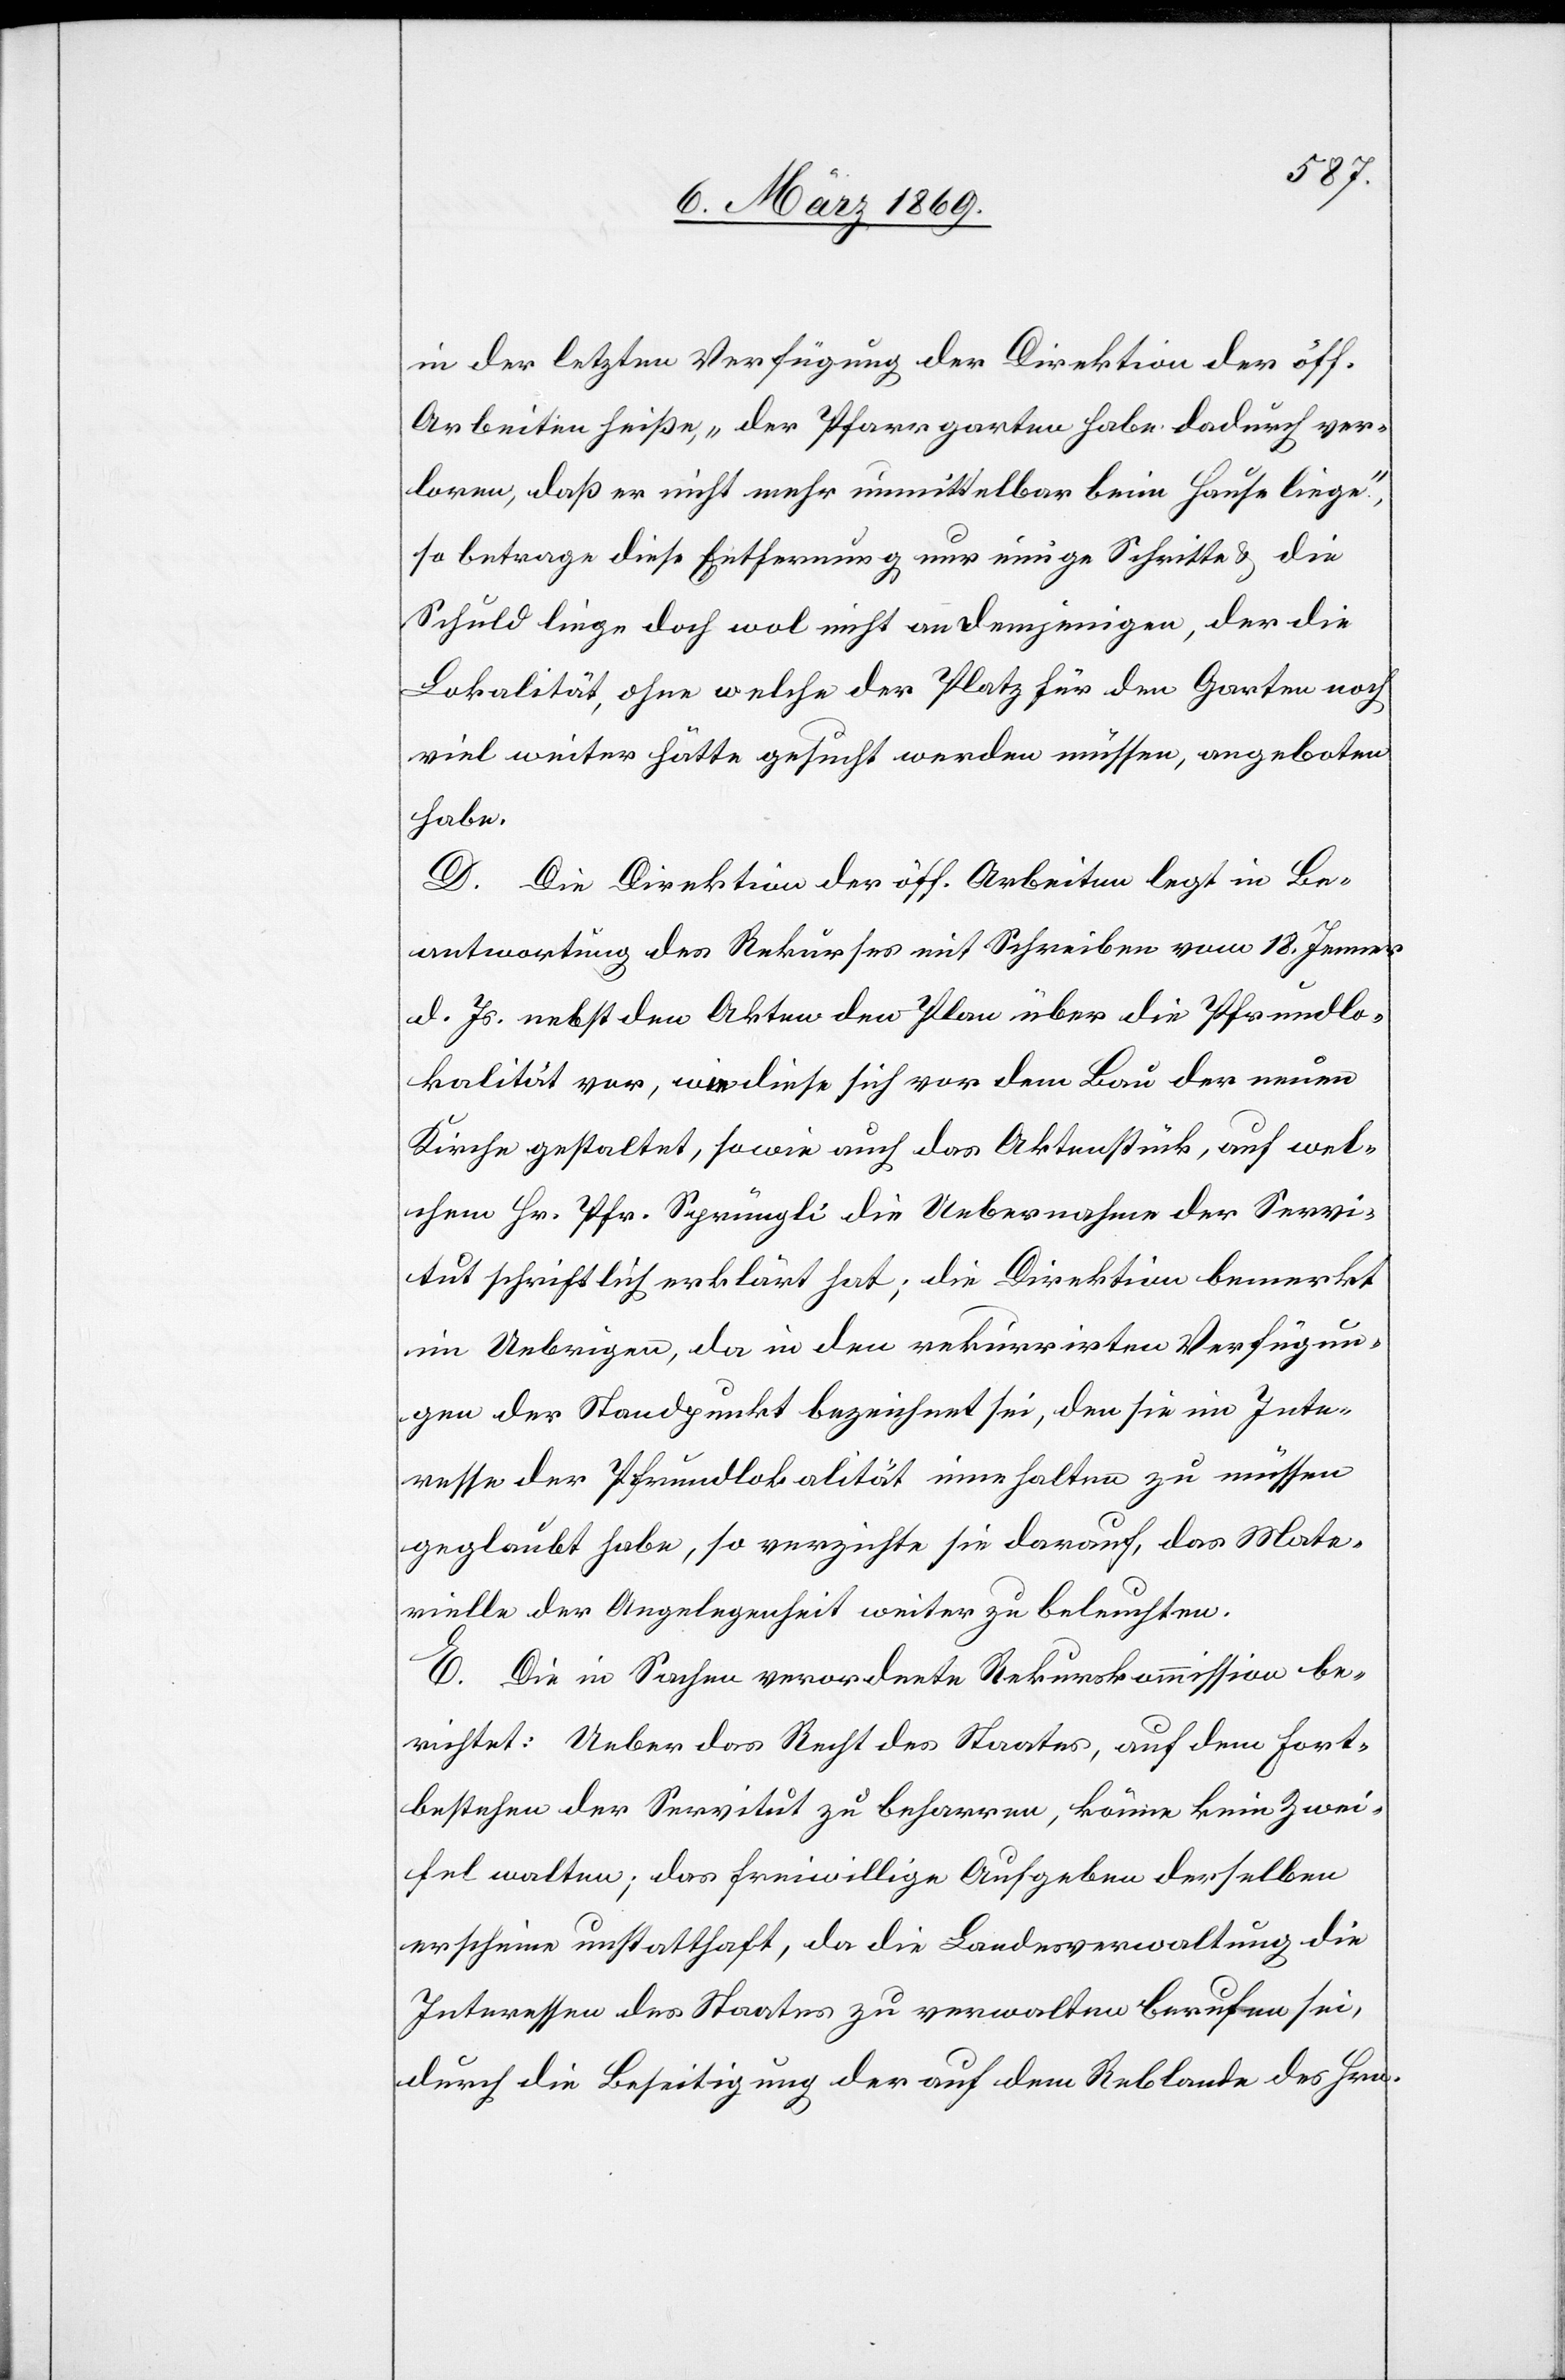
in der letzten Verfügung der Direktion der öff.
Arbeiten heiße, „der Pfarrgarten habe dadurch ver¬
loren, daß er nicht mehr unmittelbar beim Hause liege“,
so betrage diese Entfernung nur einige Schritte & die
Schuld liege doch wol nicht an demjenigen, der die
Lokalität, ohne welche der Platz für den Garten noch
viel weiter hätte gesucht werden müssen, angeboten
habe.
D. Die Direktion der öff. Arbeiten legt in Be¬
antwortung des Rekurses mit Schreiben vom 18. Jenner
d. Js. nebst den Akten den Plan über die Pfrundlo¬
kalität vor, wie diese sich vor dem Bau der neuen
Kirche gestaltet, sowie auch das Aktenstück, auf wel¬
chem Hr. Pfr. Sprüngli die Uebernahme der Servi¬
tut schriftlich erklärt hat; die Direktion bemerkt
im Uebrigen, da in den rekurrirten Verfügun¬
gen der Standpunkt bezeichnet sei, den sie im Inte¬
resse der Pfrundlokalität innehalten zu müssen
geglaubt habe, so verzichte sie darauf, das Mate¬
rielle der Angelegenheit weiter zu beleuchten.
E. Die in Sachen verordnete Rekurskommission be¬
richtet: Ueber das Recht des Staates, auf dem Fort¬
bestehen der Servitut zu beharren, könne kein Zwei¬
fel walten; das freiwillige Aufgeben derselben
erscheine unstatthaft, da die Landesverwaltung die
Interessen des Staates zu verwalten berufen sei,
durch die Beseitigung der auf dem Reblande des Hrn.